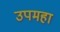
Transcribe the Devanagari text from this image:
उपमहा